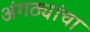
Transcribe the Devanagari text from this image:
अंगठ्यांचा